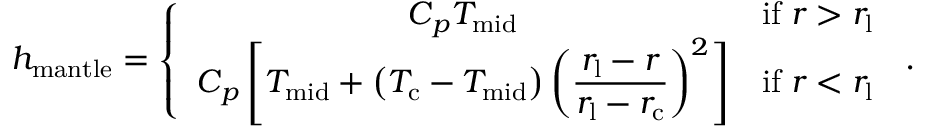
\begin{array} { r } { h _ { \mathrm { m a n t l e } } = \left\{ \begin{array} { c l } { C { _ { p } } T _ { \mathrm { m i d } } } & { \mathrm { i f } \; r > r _ { \mathrm { l } } } \\ { C { _ { p } } \left[ T _ { \mathrm { m i d } } + \left( T _ { \mathrm { c } } - T _ { \mathrm { m i d } } \right) \left( \displaystyle \frac { r _ { \mathrm { l } } - r } { r _ { \mathrm { l } } - r _ { \mathrm { c } } } \right) ^ { 2 } \right] } & { \mathrm { i f } \; r < r _ { \mathrm { l } } } \end{array} \right. \, . } \end{array}